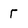
Character: r